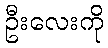
ဦးလေးကို